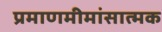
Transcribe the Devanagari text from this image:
प्रमाणमीमांसात्मक